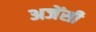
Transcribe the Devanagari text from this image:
अजेंसी